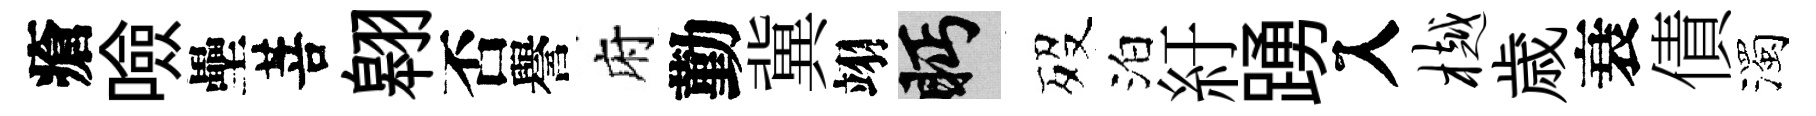
瘡噞壘菩翱否譽府勤冀翊眄歿泊紆踴入樾歳衰債濁